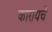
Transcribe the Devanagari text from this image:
कारायचे